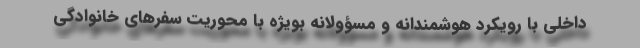
داخلی با رویکرد هوشمندانه و مسؤولانه بویژه با محوریت سفرهای خانوادگی